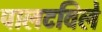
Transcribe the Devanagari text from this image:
पालटविले